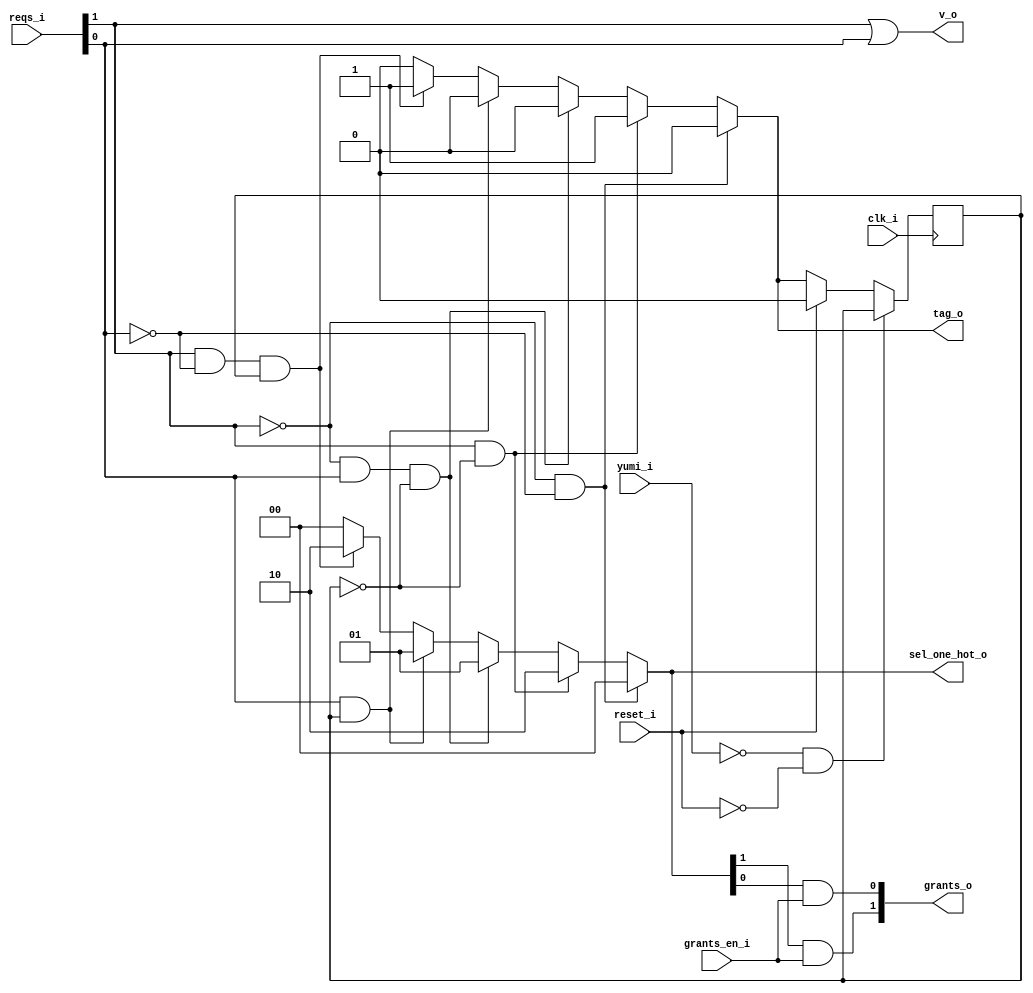
// This program was cloned from: https://github.com/NYU-MLDA/OpenABC
// License: BSD 3-Clause "New" or "Revised" License

module bsg_round_robin_arb_2
(
  clk_i,
  reset_i,
  grants_en_i,
  reqs_i,
  grants_o,
  sel_one_hot_o,
  v_o,
  tag_o,
  yumi_i
);

  input [1:0] reqs_i;
  output [1:0] grants_o;
  output [1:0] sel_one_hot_o;
  output [0:0] tag_o;
  input clk_i;
  input reset_i;
  input grants_en_i;
  input yumi_i;
  output v_o;
  wire [1:0] grants_o,sel_one_hot_o;
  wire [0:0] tag_o,last_r;
  wire v_o,N0,N1,N2,N3,N4,N5,N6,N7,N8,N9,N10,N11,N12,N13,N14,N15,N16,N17,N18,N19,N20,
  N21,N22;
  reg last_r_0_sv2v_reg;
  assign last_r[0] = last_r_0_sv2v_reg;

  always @(posedge clk_i) begin
    if(N22) begin
      last_r_0_sv2v_reg <= N20;
    end 
  end

  assign N13 = N0 & N1;
  assign N0 = ~reqs_i[1];
  assign N1 = ~reqs_i[0];
  assign N14 = reqs_i[1] & N2;
  assign N2 = ~last_r[0];
  assign N15 = N3 & reqs_i[0] & N4;
  assign N3 = ~reqs_i[1];
  assign N4 = ~last_r[0];
  assign N16 = reqs_i[0] & last_r[0];
  assign N17 = reqs_i[1] & N5 & last_r[0];
  assign N5 = ~reqs_i[0];
  assign sel_one_hot_o = (N6)? { 1'b0, 1'b0 } : 
                         (N7)? { 1'b1, 1'b0 } : 
                         (N8)? { 1'b0, 1'b1 } : 
                         (N9)? { 1'b0, 1'b1 } : 
                         (N10)? { 1'b1, 1'b0 } : 1'b0;
  assign N6 = N13;
  assign N7 = N14;
  assign N8 = N15;
  assign N9 = N16;
  assign N10 = N17;
  assign tag_o[0] = (N6)? 1'b0 : 
                    (N7)? 1'b1 : 
                    (N8)? 1'b0 : 
                    (N9)? 1'b0 : 
                    (N10)? 1'b1 : 1'b0;
  assign N20 = (N11)? 1'b0 : 
               (N12)? tag_o[0] : 1'b0;
  assign N11 = reset_i;
  assign N12 = N19;
  assign grants_o[1] = sel_one_hot_o[1] & grants_en_i;
  assign grants_o[0] = sel_one_hot_o[0] & grants_en_i;
  assign v_o = reqs_i[1] | reqs_i[0];
  assign N18 = ~yumi_i;
  assign N19 = ~reset_i;
  assign N21 = N18 & N19;
  assign N22 = ~N21;

endmodule